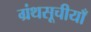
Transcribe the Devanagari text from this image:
ग्रंथसूचीयाँ